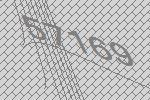
57169